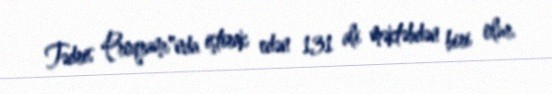
Tədris Proqramı"nda iştirak edən 131 ali məktəbdən biri olur.